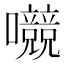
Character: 𱕳